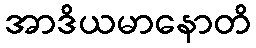
အာဒိယမာနောတိ